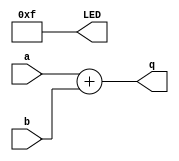
//
// ZZq4-bitZH
module adder (a, b, q, LED);
	input [3:0] a, b;
	output [3:0] q;
	output [4:7] LED;
	
	assign q = a + b;
	assign LED = 4'b1111;
	
	endmodule